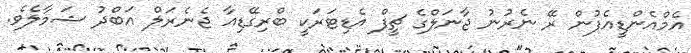
އެމްއެންޑީއެފުން ރޭ ނެރުނު ޖާނަލްގެ ޗީފް އެޑިޓަރަކީ ބްރިގޭޑިއާ ޖެނެރަލް އަބްދު ޝަމާލެވެ.